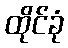
ထိုင်ခုံ